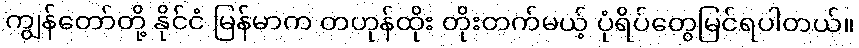
ကျွန်တော်တို့ နိုင်ငံ မြန်မာက တဟုန်ထိုး တိုးတက်မယ့် ပုံရိပ်တွေမြင်ရပါတယ်။